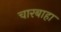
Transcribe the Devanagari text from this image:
चारबाहा